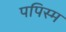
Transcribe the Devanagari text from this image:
पपिस्म